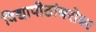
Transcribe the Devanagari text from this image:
विद्यापीठांबरोबर